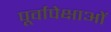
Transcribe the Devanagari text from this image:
पूर्वापेक्षाओं